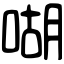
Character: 㗅